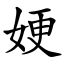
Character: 㛐